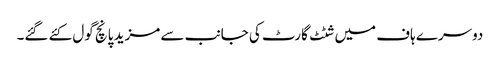
دوسرے ہاف میں شٹٹ گارٹ کی جانب سے مزید پانچ گول کئے گئے۔